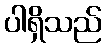
ပါရှိသည်